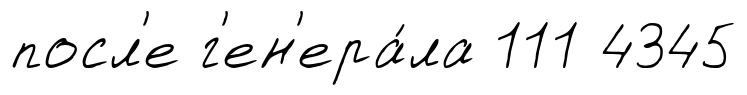
посл'е г'ен'ера́ла 111 4345